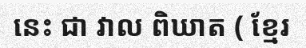
នេះ ជា វាល ពិឃាត ( ខ្មែរ